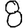
Digit: 8